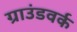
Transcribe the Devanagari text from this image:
ग्राउंडवर्क